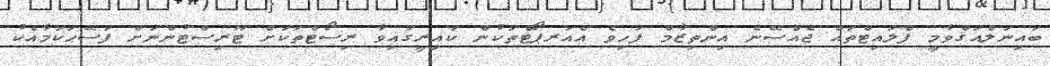
ބައިނަލްއަޤްވާމީ ފްލައިޓްތައް ޖެއްސޭނެ އިންތިޒާމް ފަހިވެ އެއަރޕޯޓްތަކުން ކައިރީގައިވާ ރިސޯޓްތަކަށް ޓޫރިސްޓުންނަށް ފަސޭޙަކަމާއެކު